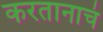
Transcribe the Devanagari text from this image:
करतानाचं